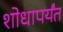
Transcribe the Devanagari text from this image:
शोधापर्यंत